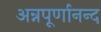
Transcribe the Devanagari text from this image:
अन्नपूर्णानन्द